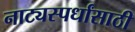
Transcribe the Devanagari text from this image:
नाट्यस्पर्धांसाठी